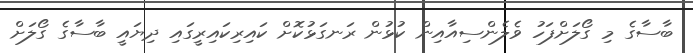
ބާސާގެ މި ގޯލަށްފަހު ވެލެންސިއާއިން ކުޅުން ރަނގަޅުކޮށް ކައިރިކައިރީގައި ދިޔައީ ބާސާގެ ގޯލަށް